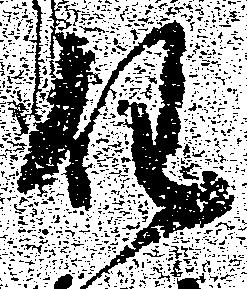
任